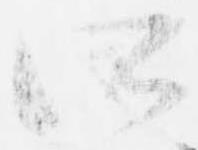
所